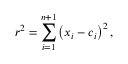
r ^ { 2 } = \sum _ { i = 1 } ^ { n + 1 } \left( x _ { i } - c _ { i } \right) ^ { 2 } ,